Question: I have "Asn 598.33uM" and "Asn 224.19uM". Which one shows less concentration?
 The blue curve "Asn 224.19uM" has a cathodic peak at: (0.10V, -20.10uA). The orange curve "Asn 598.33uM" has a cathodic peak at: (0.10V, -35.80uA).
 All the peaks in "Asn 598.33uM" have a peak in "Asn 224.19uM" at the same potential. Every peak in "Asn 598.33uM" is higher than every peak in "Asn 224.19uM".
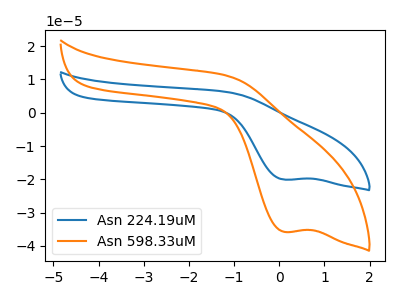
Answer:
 <answer>"Asn 598.33uM" has more signal than "Asn 224.19uM" and so likely has a higher concentration.</answer>
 <eval>more_concentration</eval>